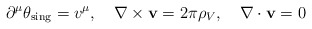
\begin{align*}\partial^{\mu}\theta_{\rm sing} = v^{\mu},\ \ \ \nabla\times{\bf v} =2\pi\rho_V, \ \ \ \nabla\cdot{\bf v}=0\end{align*}